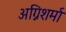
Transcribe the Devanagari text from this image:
अग्निशर्मा